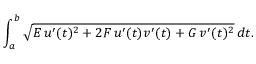
\int _ { a } ^ { b } { \sqrt { E \, u ^ { \prime } ( t ) ^ { 2 } + 2 F \, u ^ { \prime } ( t ) v ^ { \prime } ( t ) + G \, v ^ { \prime } ( t ) ^ { 2 } } } \, d t .